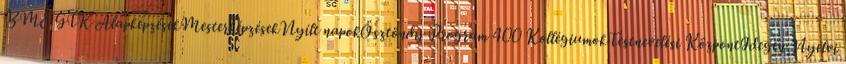
BME GTK AlapképzésekMesterképzésekNyílt napokÖsztöndíj Program 400 KollégiumokTestnevelési KözpontIdegen Nyelvi